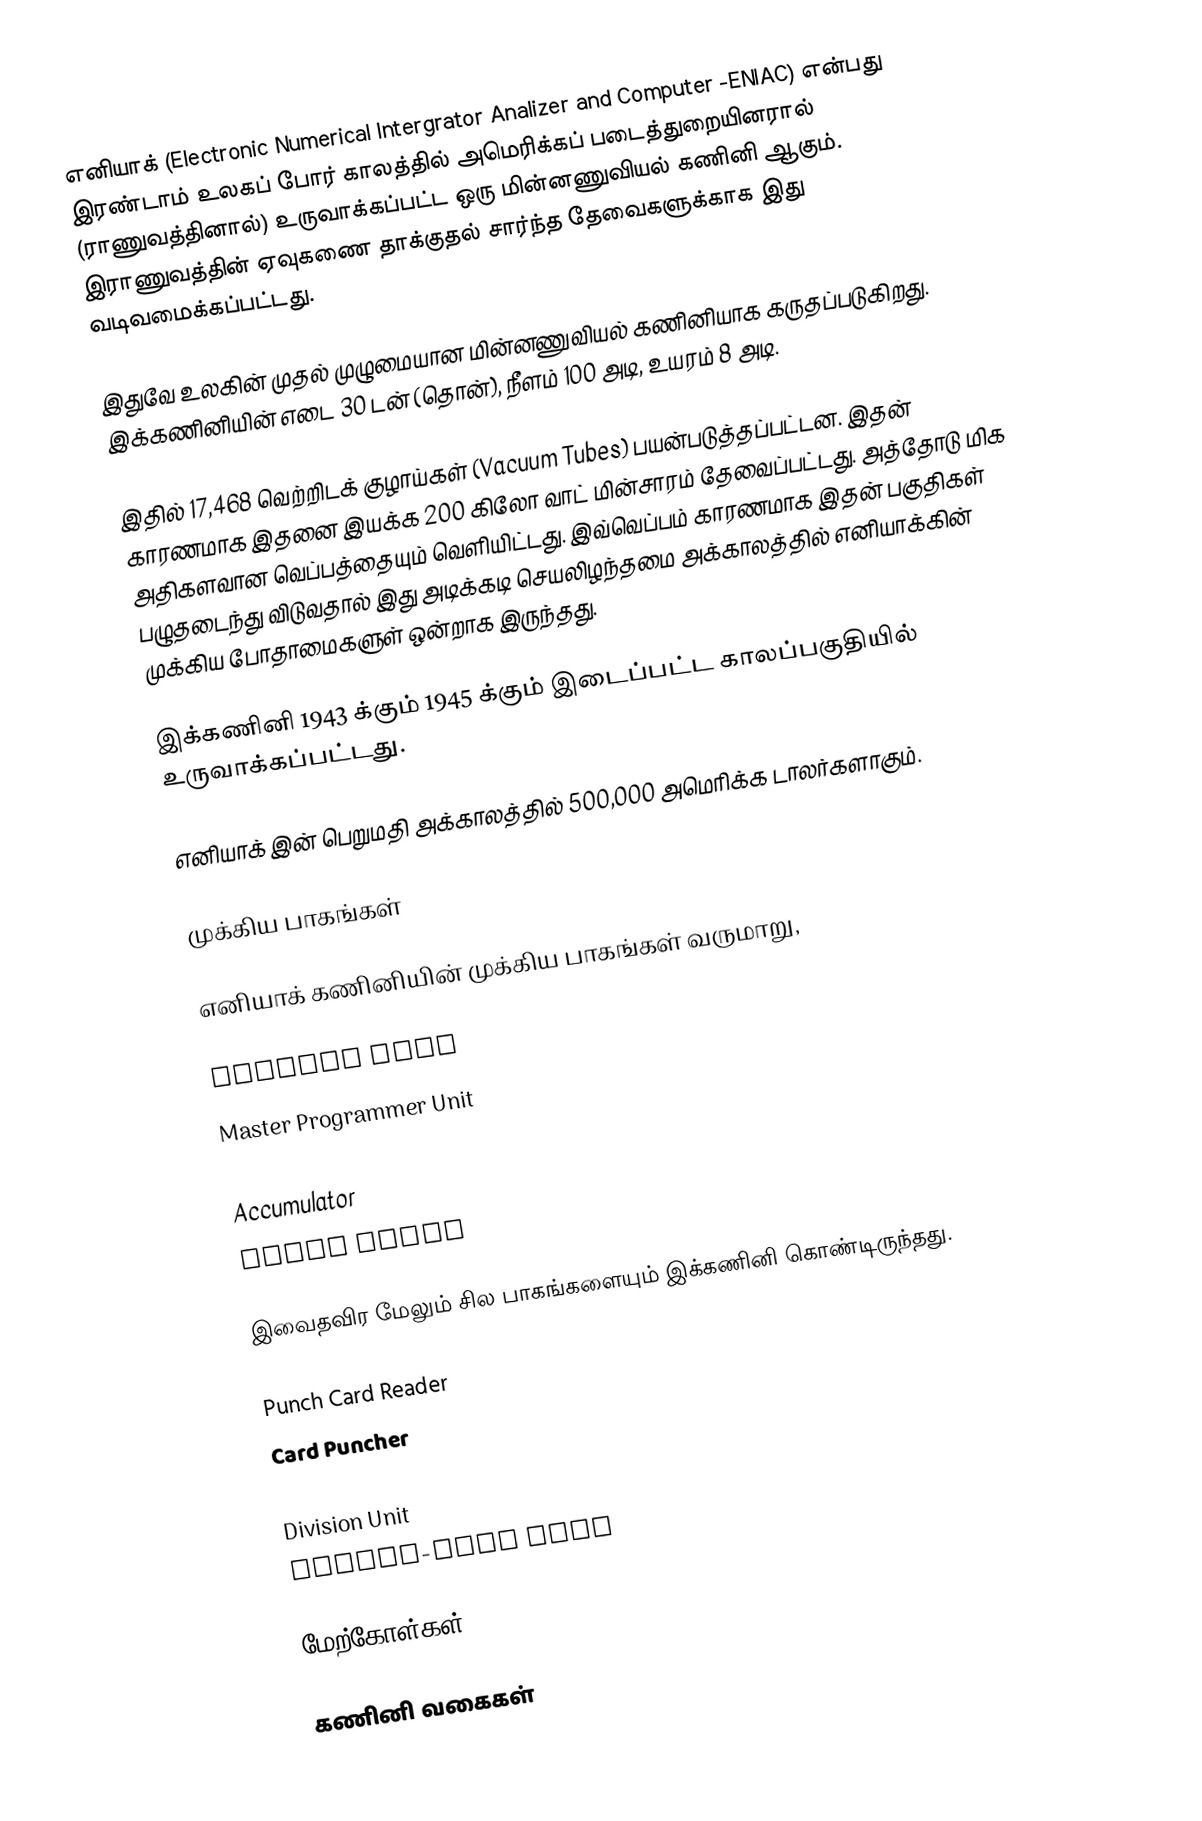
எனியாக் (Electronic Numerical Intergrator Analizer and Computer -ENIAC) என்பது இரண்டாம் உலகப் போர் காலத்தில் அமெரிக்கப் படைத்துறையினரால் (ராணுவத்தினால்) உருவாக்கப்பட்ட ஒரு மின்னணுவியல் கணினி ஆகும். இராணுவத்தின் ஏவுகணை தாக்குதல் சார்ந்த தேவைகளுக்காக இது வடிவமைக்கப்பட்டது.

இதுவே உலகின் முதல் முழுமையான மின்னணுவியல் கணினியாக கருதப்படுகிறது. இக்கணினியின் எடை 30 டன் (தொன்), நீளம் 100 அடி, உயரம் 8 அடி.

இதில் 17,468 வெற்றிடக் குழாய்கள் (Vacuum Tubes) பயன்படுத்தப்பட்டன. இதன் காரணமாக இதனை இயக்க 200 கிலோ வாட் மின்சாரம் தேவைப்பட்டது. அத்தோடு மிக அதிகளவான வெப்பத்தையும் வெளியிட்டது. இவ்வெப்பம் காரணமாக இதன் பகுதிகள் பழுதடைந்து விடுவதால் இது அடிக்கடி செயலிழந்தமை அக்காலத்தில் எனியாக்கின் முக்கிய போதாமைகளுள் ஒன்றாக இருந்தது.

இக்கணினி 1943 க்கும் 1945 க்கும் இடைப்பட்ட காலப்பகுதியில் உருவாக்கப்பட்டது.

எனியாக் இன் பெறுமதி அக்காலத்தில் 500,000 அமெரிக்க டாலர்களாகும்.

முக்கிய பாகங்கள்

எனியாக் கணினியின் முக்கிய பாகங்கள் வருமாறு,

 Cycling Unit
 Master Programmer Unit
 Function Table
 Accumulator
 Digit Trays

இவைதவிர மேலும் சில பாகங்களையும் இக்கணினி கொண்டிருந்தது.

 Punch Card Reader
 Card Puncher
 Card Printer
 Division Unit
 Square-root Unit

மேற்கோள்கள்

கணினி வகைகள்